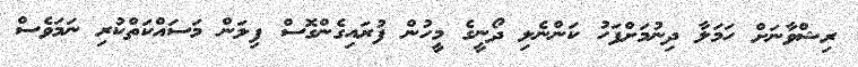
ރިޝްވާނަށް ހަމަލާ ދިނުމަށްފަހު ކަންނެލި ދޯނީގެ މީހުން ފުރައިގެންގޮސް ފިލަން މަސައްކަތްކުރި ނަމަވެސް